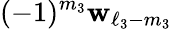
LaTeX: (-1)^{m_{3}}\mathbf{w}_{\ell_{3}-m_{3}}